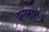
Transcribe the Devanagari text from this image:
इमारात।